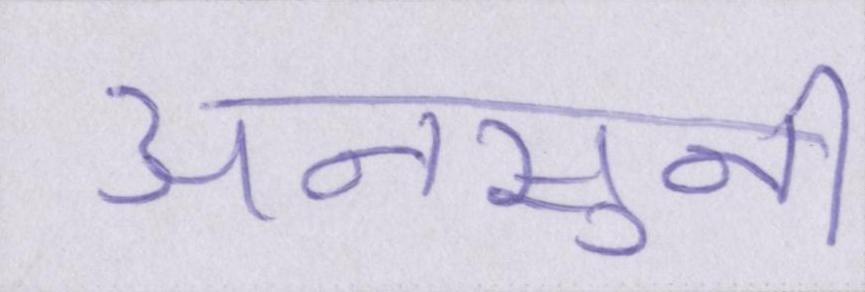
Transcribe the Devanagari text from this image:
अनसुनी